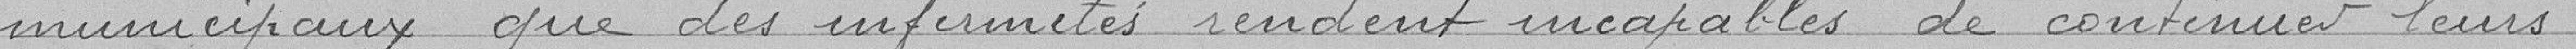
municipaux que des infirmités rendent incapables de continuer leurs